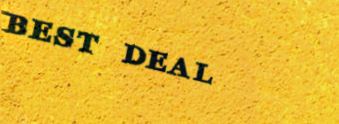
BEST DEAL